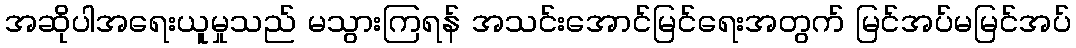
အဆိုပါအရေးယူမှုသည် မသွားကြရန် အသင်းအောင်မြင်ရေးအတွက် မြင်အပ်မမြင်အပ်